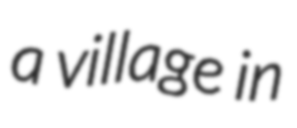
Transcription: a village in